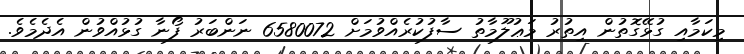
މިކަމާއި ގުޅޭގޮތުން އިތުރު މަޢުލޫމާތު ސާފުކުރެއްވުމަށް 6580072 ނަންބަރު ފޯނާ ގުޅުއްވުން އެދެމެވެ.